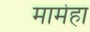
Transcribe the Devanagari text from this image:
मामेहा